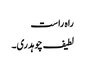
راہ راست
لطیف چوہدری۔